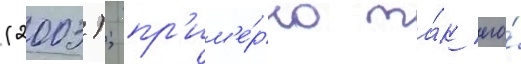
(2003); пр'им'е́рно та́к его́